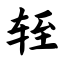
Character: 轾